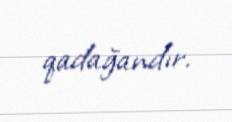
qadağandır.